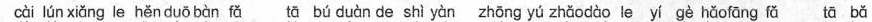
cài lún xiǎng le hěn duõbàn fǎ tā bú duàn de shi yàn zhōng yú zhǎodào le yí gè hǎofāng fǎ tā bǎ